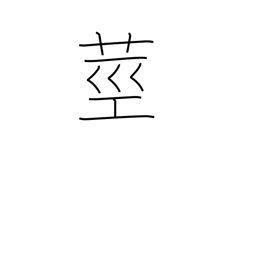
Meaning: stalk